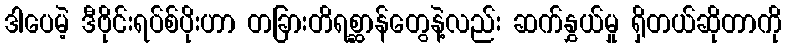
ဒါပေမဲ့ ဒီဗိုင်းရပ်စ်ပိုးဟာ တခြားတိရစ္ဆာန်တွေနဲ့လည်း ဆက်နွှယ်မှု ရှိတယ်ဆိုတာကို